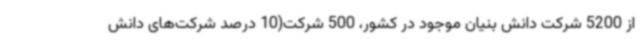
از 5200 شرکت دانش بنیان موجود در کشور، 500 شرکت(10 درصد شرکت‌های دانش